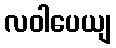
လဝါပေယျ